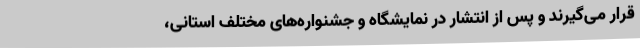
قرار می‌گیرند و پس از انتشار در نمایشگاه و جشنواره‌های مختلف استانی،